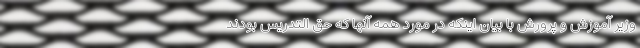
وزیر آموزش و پرورش با بیان اینکه در مورد همه آنها که حق التدریس بودند